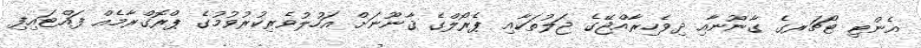
އެންޓި ޓޯޗަރގެ ގާނޫނާއި ދިވެހިރާއްޖޭގެ ޖަލުތަކާއި ޕެރޯލްގެ ޤާނޫނަށް އަހުލުވެރިކުރުވުމުގެ ޕްރޮގްރާމެއް ފައްޓައިފި